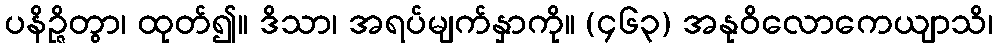
ပနိဉ္ဇိတွာ၊ ထုတ်၍။ ဒိသာ၊ အရပ်မျက်နှာကို။ (၄၆၃) အနုဝိလောကေယျာသိ၊